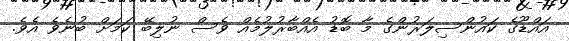
އައްޑޫގެ ކައުންސިލަރުންގެ މާ ބޮޑު އެއްބާރުލުމެއް ވެސް ނުލިބޭ ކަމަށް ބުނެވެ އެވެ.